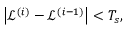
\begin{array} { r } { \left| \mathscr { L } ^ { ( i ) } - \mathscr { L } ^ { ( i - 1 ) } \right| < T _ { s } , } \end{array}